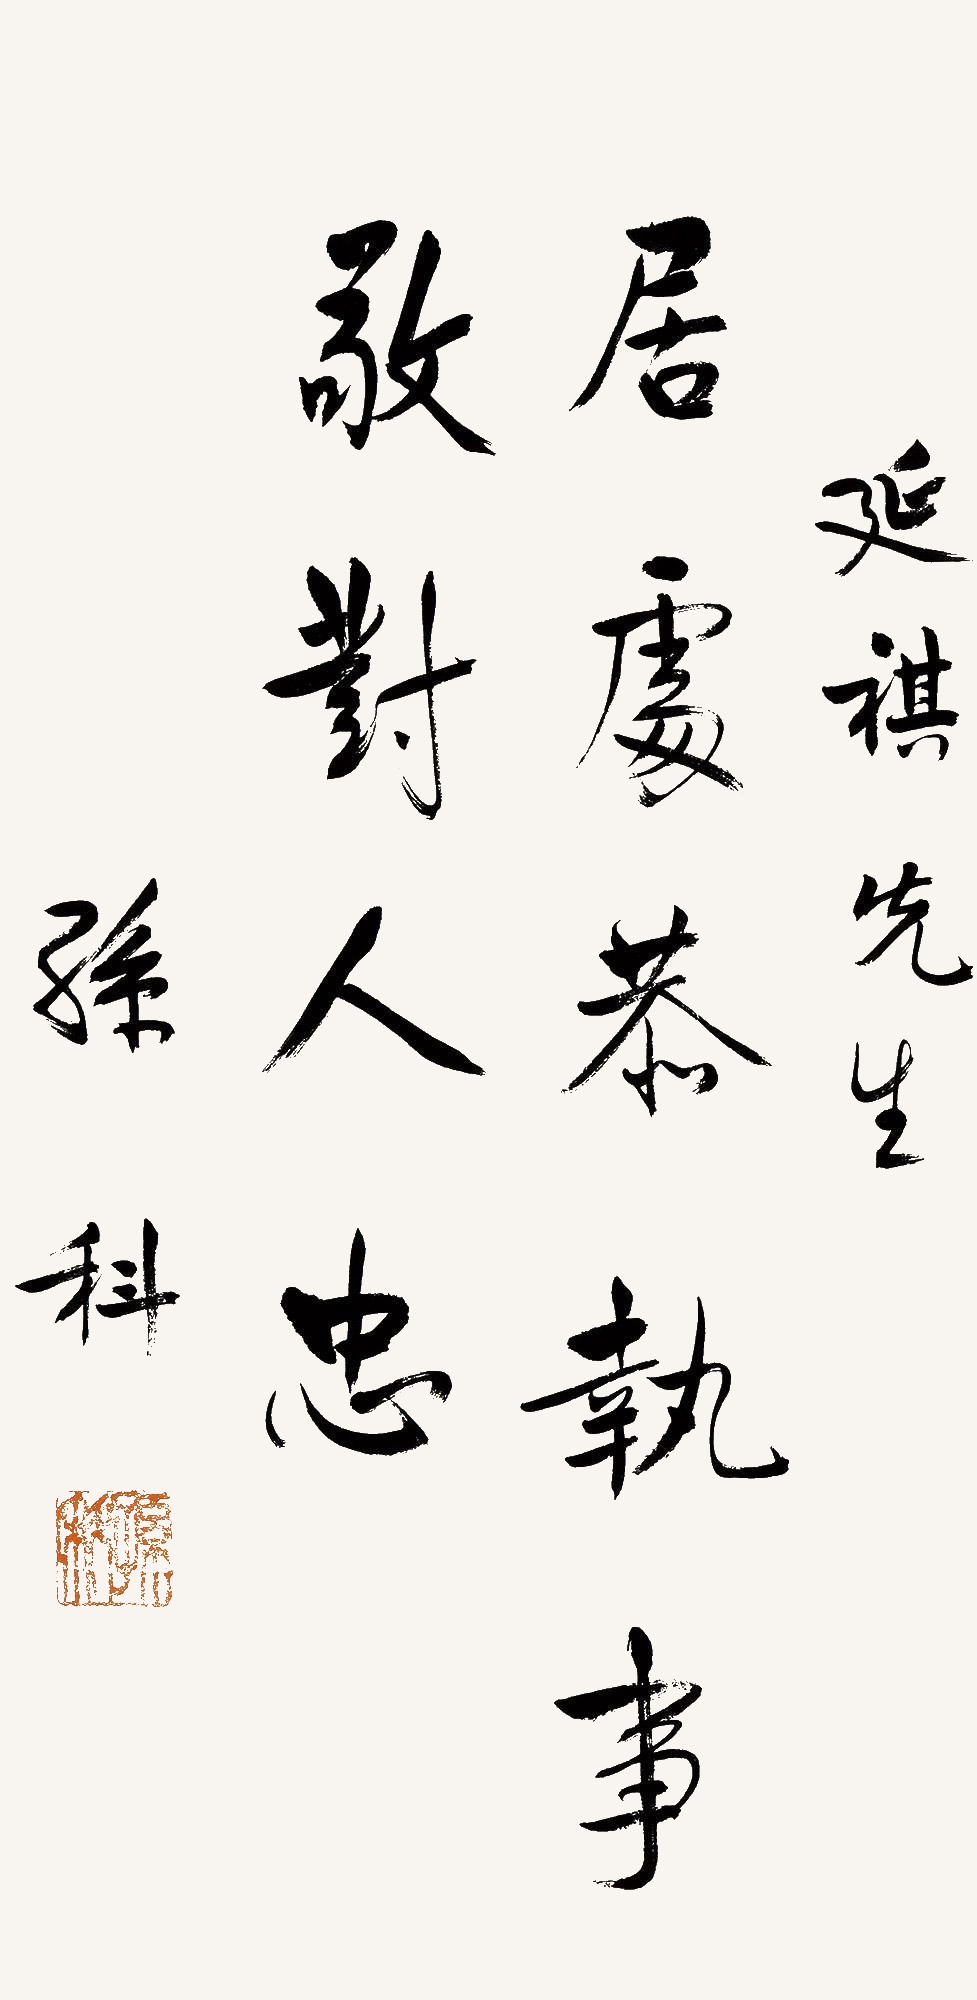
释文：居处恭，执事敬，对人忠。延祺先生，孙科。